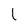
Character: l